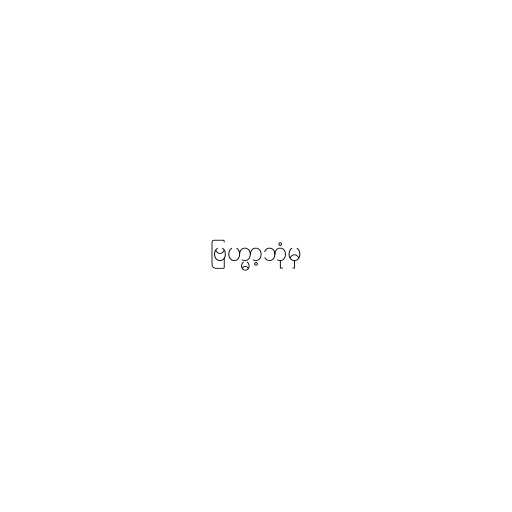
ဗြဟ္မာ့ဘုံမှ